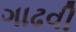
ગાઢવી